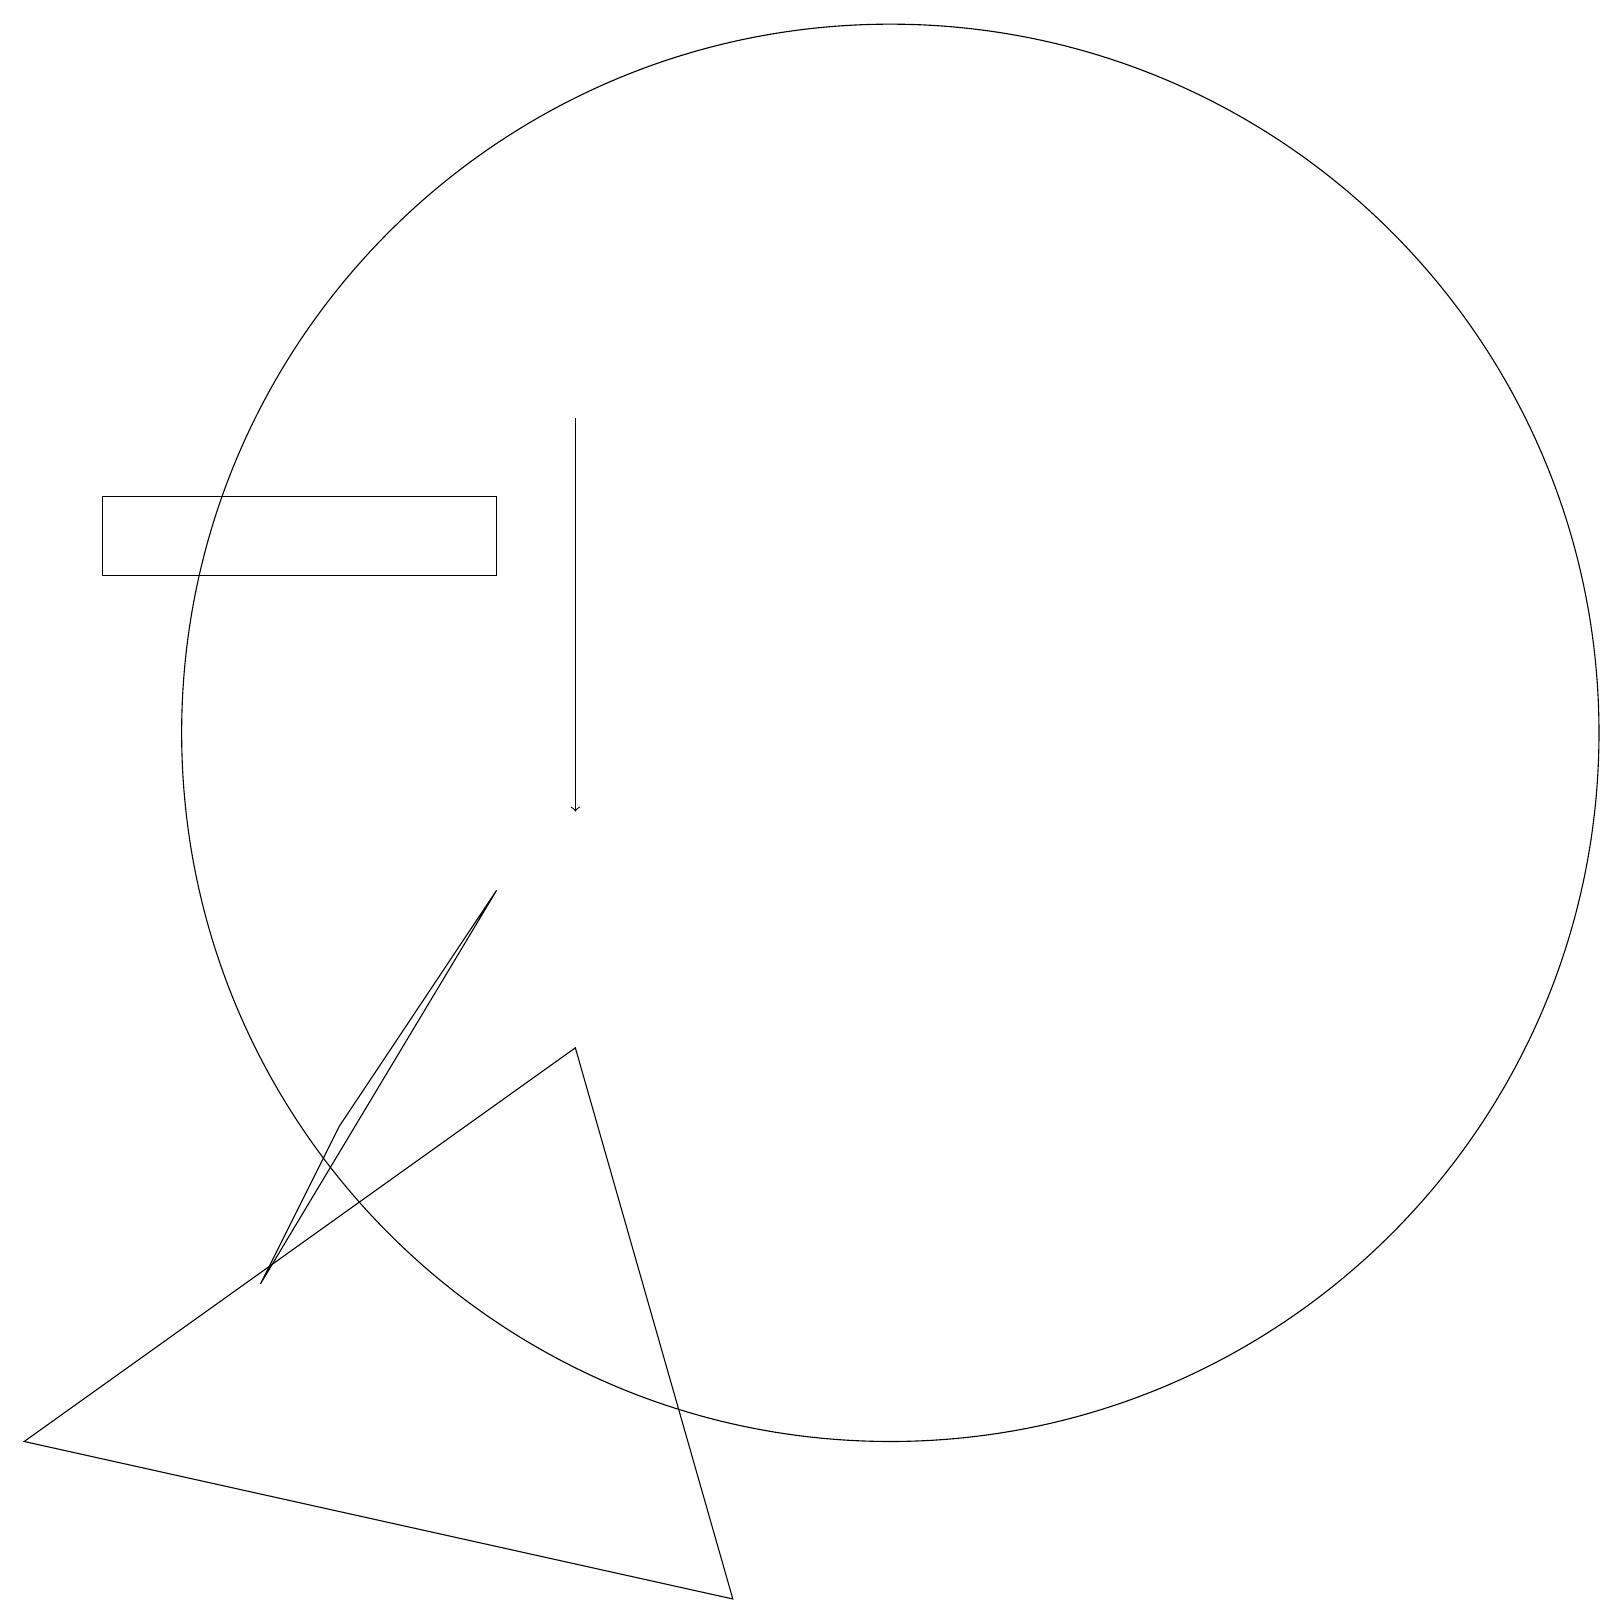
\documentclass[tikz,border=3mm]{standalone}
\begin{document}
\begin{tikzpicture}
\draw (6,9) -- (4,6) -- (3,4) -- cycle;
\draw (1,14) rectangle (6,13);
\draw[->] (7,15) -- (7,10);
\draw (11,11) circle (9);
\draw (0,2) -- (7,7) -- (9,0) -- cycle;
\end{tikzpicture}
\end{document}